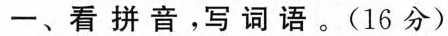
一、看拼音，写词语。(16分)